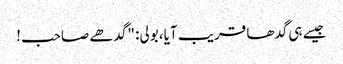
جیسے ہی گدھا قریب آیا، بولی: "گدھے صاحب!